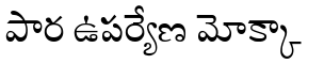
పార ఉపర్యేణ మోక్కా